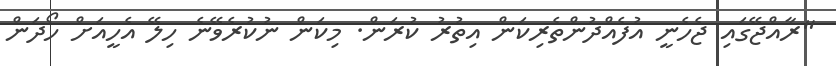
"ރާއްޖޭގައި ޖެހެނީ އުފެއްދުންތެރިކަން އިތުރު ކުރަން. މިކަން ނުކުރެވޭނެ ހިލޭ އެހީއަށް ހޯދަން